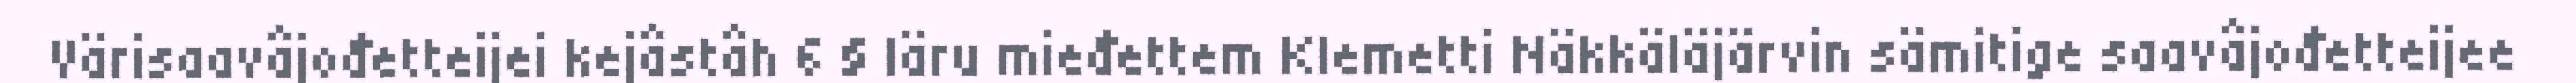
Värisaavâjođetteijei kejâstâh 6 § Iäru mieđettem Klemetti Näkkäläjärvin sämitige saavâjođetteijee